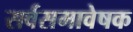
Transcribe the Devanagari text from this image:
सर्वसमावेषक